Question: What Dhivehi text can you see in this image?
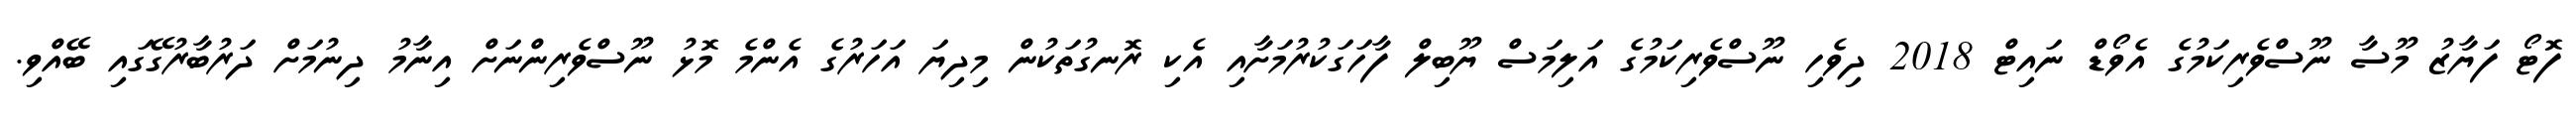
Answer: ފޮޓޯ ފަޔާޒު މޫސާ ނޫސްވެރިކަމުގެ އެވޯޑް ނައިޓް 2018 ދިވެހި ނޫސްވެރިކަމުގެ އަލިމަސް ޔޫބިލް ފާހަގަކުރުމަށާއި އެކި ރޮނގުތަކުން މިދިޔަ އަހަރުގެ އެންމެ މޮޅު ނޫސްވެރިންނަށް އިނާމު ދިނުމަށް ދަރުބާރުގޭގައި ބޭއްވި.